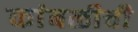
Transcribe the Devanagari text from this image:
कांबळीची